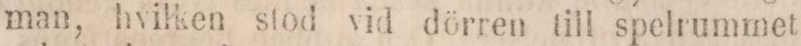
man, hvilken stod vid dörren till spelrummet